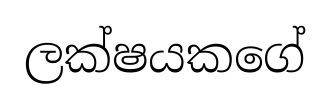
ලක්ෂයකගේ